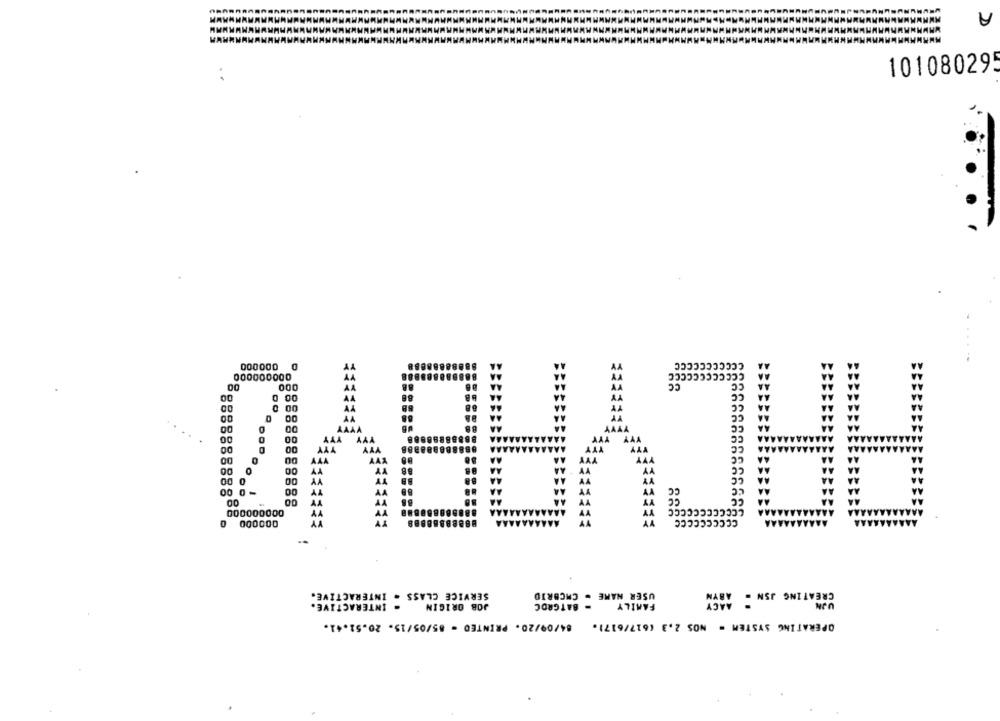
A
10108029
RACYABY0
000000
D
000000
SERVICE CLASS - INTERACTIVE.
USER NAME . CMCBRID
CREATING JSN = ABYM
- INTERACTIVE.
JOB ORIGIN
- BATGROC
FAMILY
UJN
84/09/20. PRINTED - 85/05/15. 20.51.41.
OPERATING SYSTEM = NOS 2.3 (617/6171.